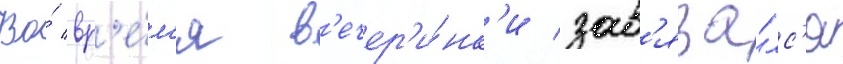
Во́ вр'е́м'я в'ечер'и́нк'и зав'яза́лс'я